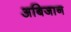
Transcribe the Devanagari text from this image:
अबिजान